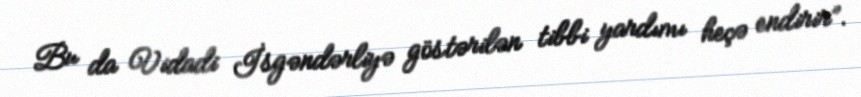
Bu da Vidadi İsgəndərliyə göstərilən tibbi yardımı heçə endirir”.